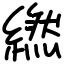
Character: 繎